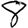
Digit: 8